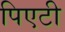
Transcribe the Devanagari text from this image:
पिएटी